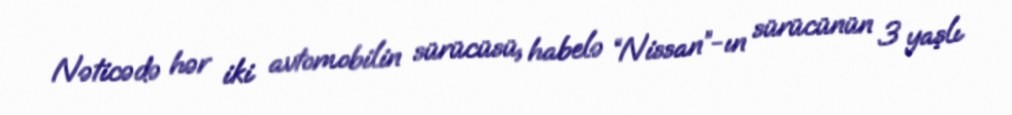
Nəticədə hər iki avtomobilin sürücüsü, habelə “Nissan”-ın sürücünün 3 yaşlı